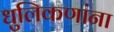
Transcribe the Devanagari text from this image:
धुलिकणांना